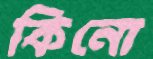
কিনো